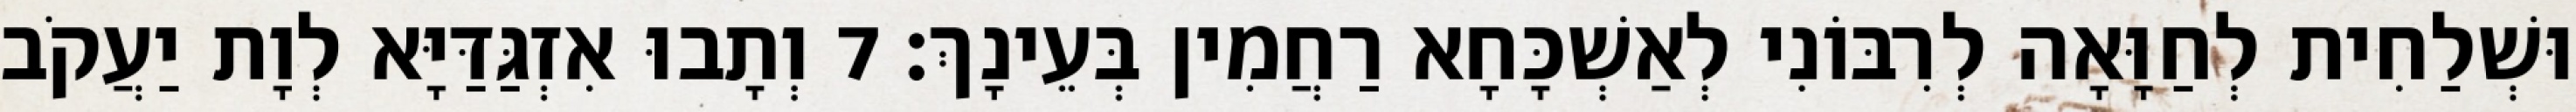
וּשְׁלַחִית לְחַוָּאָה לְרִבּוֹנִי לְאַשְׁכָּחָא רַחֲמִין בְּעֵינָךְ׃ 7 וְתָבוּ אִזְגַּדַּיָּא לְוָת יַעֲקֹב